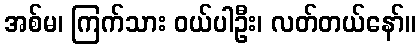
အစ်မ၊ ကြက်သား ဝယ်ပါဦး၊ လတ်တယ်နော်။